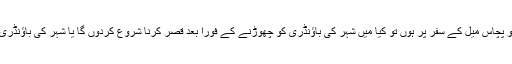
- اگر میں اپنے گھر سے ایک سو پچاس میل کے سفر پر ہوں تو کیا میں شہر کی باؤنڈری کو چھوڑنے کے فوراً بعد قصر کرنا شروع کردوں گا یا شہر کی باؤنڈری سے پچاس میل سے آگے سے؟